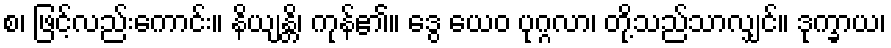
စ၊ ဖြင့်လည်းကောင်း။ နိယျန္တိ၊ ကုန်၏။ ဒွေ ယေဝ ပုဂ္ဂလာ၊ တို့သည်သာလျှင်။ ဒုက္ခာယ၊